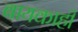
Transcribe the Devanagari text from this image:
बायकाही